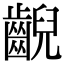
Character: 齯